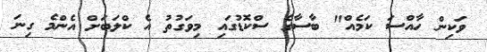
ވަކިން ހާއްސަ ކަމެއް" ބާސާގެ ސްކޮޑުގައި މިވަގުތު އެ ކްލަބަށް އެންމެ ގިނަ